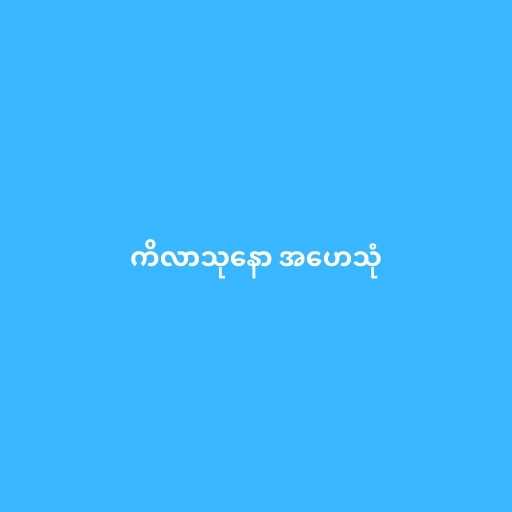
ကိလာသုနော အဟေသုံ